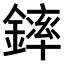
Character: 𨫏